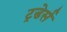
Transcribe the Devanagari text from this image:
ट्रडेर्स